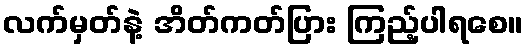
လက်မှတ်နဲ့ အိတ်ကတ်ပြား ကြည့်ပါရစေ။